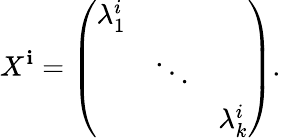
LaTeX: X^{\mathbf{i}}=\left(\begin{array}{ccc}{{\lambda_{1}^{i}}}&{{}}&{{}}\\ {{}}&{{\ddots}}&{{}}\\ {{}}&{{}}&{{\lambda_{k}^{i}}}\end{array}\right).